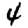
Digit: 4